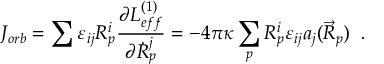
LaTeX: J _ { o r b } = \sum \varepsilon _ { i j } R _ { p } ^ { i } \frac { \partial L _ { e f f } ^ { ( 1 ) } } { \partial \dot { R } _ { p } ^ { j } } = - 4 \pi \kappa \sum _ { p } R _ { p } ^ { i } \varepsilon _ { i j } a _ { j } ( \vec { R } _ { p } ) \; \; .